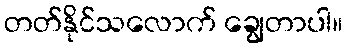
တတ်နိုင်သလောက် ချွေတာပါ။